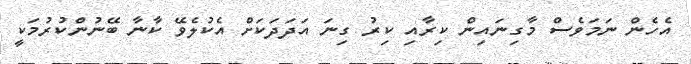
އެހެން ނަމަވެސް މާގިނައިން ކިރާއި ކިރު ގިނަ އަދަދަކަށް އެކުލެވޭ ކާނާ ބޭނުންކުރުމަކީ